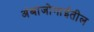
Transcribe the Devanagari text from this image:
अंबाजोगाईतील